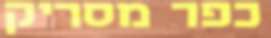
כפר מסריק